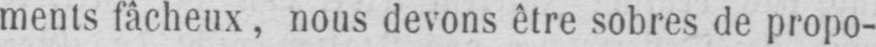
ments fâcheux, nous devons être sobres de propo-